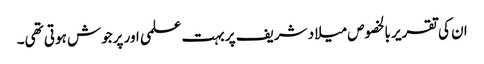
ان کی تقریر بالخصوص میلاد شریف پر بہت علمی اور پرجوش ہوتی تھی۔